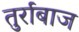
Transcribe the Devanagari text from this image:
तुर्राबाज